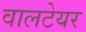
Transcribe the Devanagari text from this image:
वालटेयर